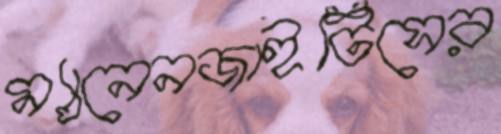
ম্যানেনজাইটিসের